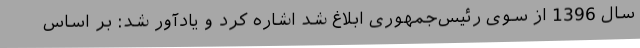
سال 1396 از سوی رئیس‌جمهوری ابلاغ شد اشاره کرد و یادآور شد: بر اساس